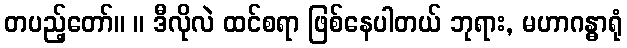
တပည့်တော်။ ။ ဒီလိုလဲ ထင်စရာ ဖြစ်နေပါတယ် ဘုရား, မဟာဂန္ဓာရုံ